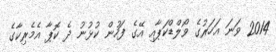
2014 ވަނަ އަހަރުގެ ވޯލްޑްކަޕާއި އޭގެ ފަހުން ކުޅުނު ދެ ކޮޕާ އެމެރިކާގެ